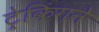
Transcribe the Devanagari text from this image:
ट्रेकिंगने